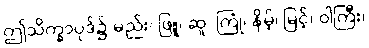
ဤသိက္ခာပုဒ်၌-မည်း၊ ဖြူ၊ ဆူ၊ ကြုံ၊ နိမ့်၊ မြင့်၊ ဝါကြီး၊